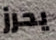
يحرز